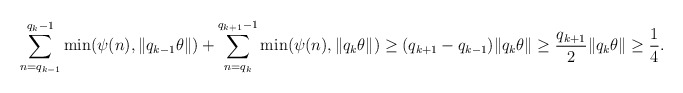
\begin{align*}\sum_{n=q_{k-1}}^{q_k-1}\min(\psi(n),\|q_{k-1}\theta\|)+\sum_{n=q_k}^{q_{k+1}-1}\min(\psi(n),\|q_k\theta\|)\geq(q_{k+1}-q_{k-1})\|q_k\theta\|\geq\frac{q_{k+1}}{2}\|q_k\theta\|\geq\frac{1}{4}.\end{align*}